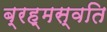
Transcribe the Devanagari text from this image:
ब्रह्मस्वति